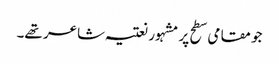
جو مقامی سطح پر مشہور نعتیہ شاعر تھے۔